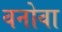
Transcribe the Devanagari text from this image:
वनोवा